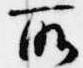
所